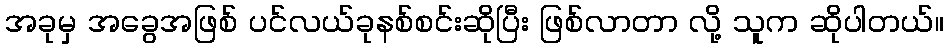
အခုမှ အခွေအဖြစ် ပင်လယ်ခုနစ်စင်းဆိုပြီး ဖြစ်လာတာ လို့ သူက ဆိုပါတယ်။